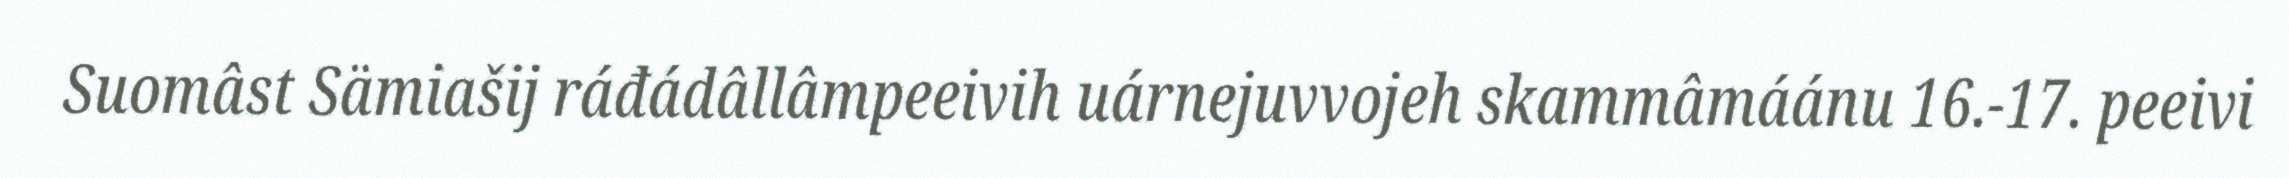
Suomâst Sämiašij ráđádâllâmpeeivih uárnejuvvojeh skammâmáánu 16.-17. peeivi